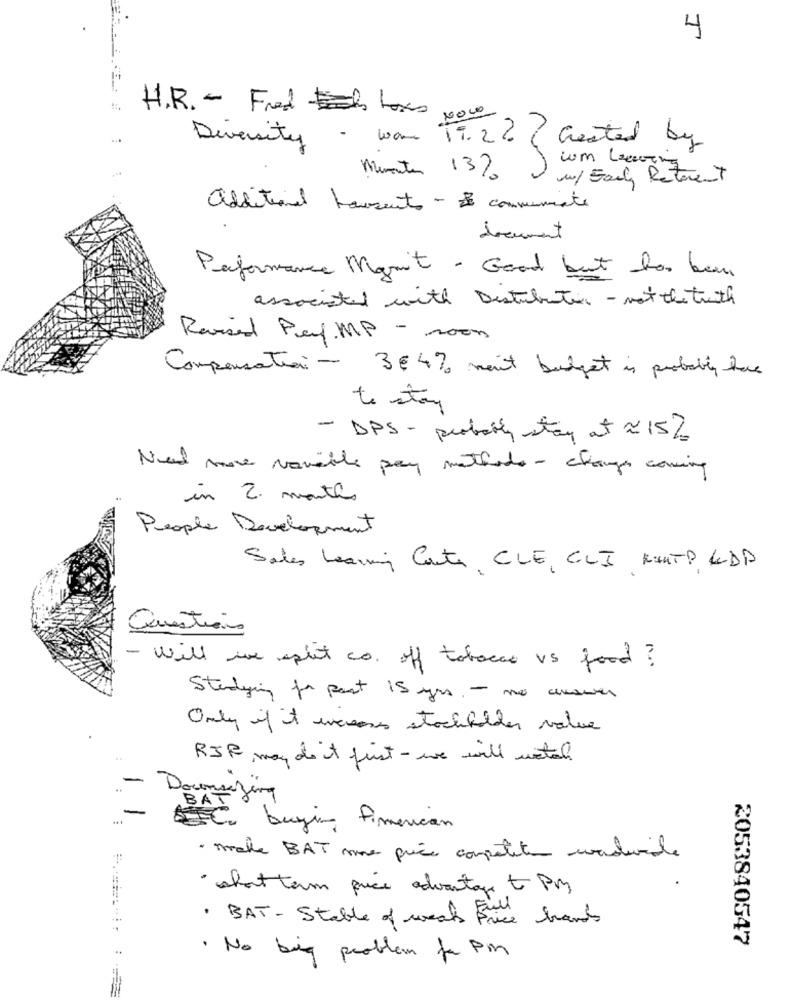
4
H.R. - Fred boxes ,
Diversity
- wam Ti. 2?
Created by
Minuter 13%
w/ Early Referent
additional hausents - & connumente
document
Performance Mamit - Good but has been
associated with Distribution - not the truth
Revised Pay. MP - room
Compensation - 3€4% ment budget is probably have
to stay
- DPS - probably stay at ~15%
New more variable pay methods- changes coming
in 2 months
People Development
Sales Learning Carte, CLE, CLI KUNTP LDD
Questions
- Will we split co. off tobacco vs food ?
Studying for past 15 yrs -me cusues
Only if it wasans stockbobler value
RIF, may do it frist - we will watch
-
...
Downsizing
-
ETC. buying Pimerican
· make BAT more price competite candurale
· short term price advantage t Pm
· BAT - Stable of weak Frice brands
2053840547
· No big problem for PM